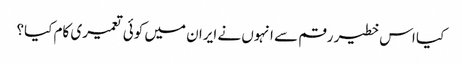
کیا اس خطیر رقم سے انہوں نے ایران میں کوئی تعمیری کام کیا؟